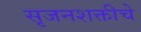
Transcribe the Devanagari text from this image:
सृजनशक्तीचे